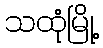
သထုံမြို့